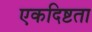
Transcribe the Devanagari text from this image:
एकदिष्टता